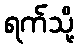
ရက်သို့